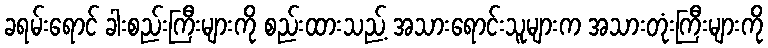
ခရမ်းရောင် ခါးစည်းကြီးများကို စည်းထားသည့် အသားရောင်းသူများက အသားတုံးကြီးများကို